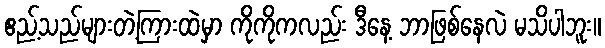
ဧည့်သည်များတဲ့ကြားထဲမှာ ကိုကိုကလည်း ဒီနေ့ ဘာဖြစ်နေလဲ မသိပါဘူး။